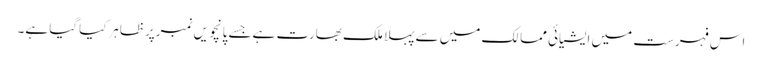
اس فہرست میں ایشیائی ممالک میں سے پہلا ملک بھارت ہےجسے پانچویں نمبرپرظاہرکیاگیا ہے۔